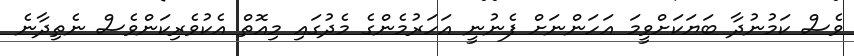
ވެސް ކަމުނުދާ ބަޔަކަށްވީމަ އަހަންނަށް ފެނުނީ އަހަރުމެންގެ މެދުގައި މިއޮތް އެކުވެރިކަންވެސް ނެތިދާނެ